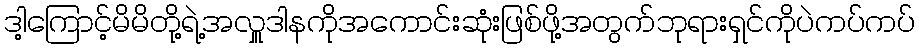
ဒါ့ကြောင့်မိမိတို့ရဲ့အလှူဒါနကိုအကောင်းဆုံးဖြစ်ဖို့အတွက်ဘုရားရှင်ကိုပဲကပ်ကပ်